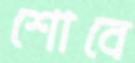
শোবে